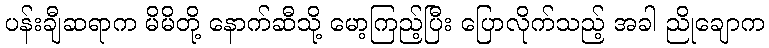
ပန်းချီဆရာက မိမိတို့ နောက်ဆီသို့ မော့ကြည့်ပြီး ပြောလိုက်သည့် အခါ ညိုချောက